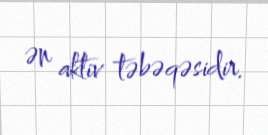
ən aktiv təbəqəsidir.